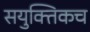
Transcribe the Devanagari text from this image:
सयुक्तिकच